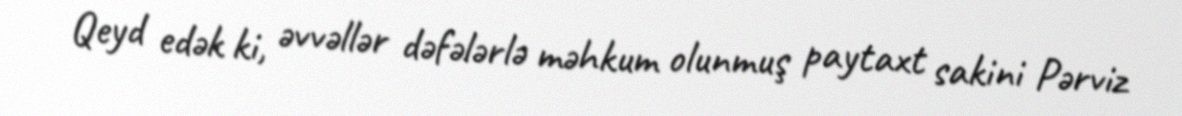
Qeyd edək ki, əvvəllər dəfələrlə məhkum olunmuş paytaxt sakini Pərviz